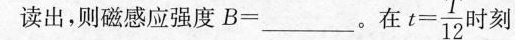
时刻，读出，则磁感应强度$$B = ______$$。在 $$t = \frac { T } { 1 2 }$$ 时刻，